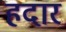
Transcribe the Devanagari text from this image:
हदार